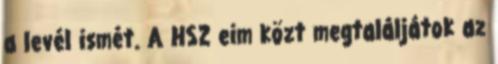
a levél ismét. A HSZ eim közt megtaláljátok az